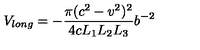
V _ { l o n g } = - \frac { \pi ( c ^ { 2 } - v ^ { 2 } ) ^ { 2 } } { 4 c L _ { 1 } L _ { 2 } L _ { 3 } } b ^ { - 2 }